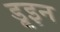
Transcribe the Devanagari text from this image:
डूइन